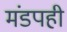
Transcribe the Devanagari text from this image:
मंडपही